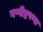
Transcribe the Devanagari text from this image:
गप्पीष्टपणा